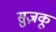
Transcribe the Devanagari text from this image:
सुज़कू